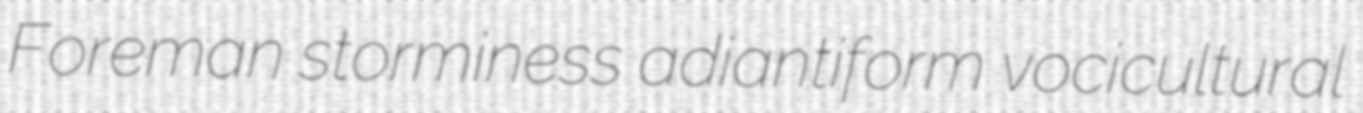
Foreman storminess adiantiform vocicultural